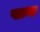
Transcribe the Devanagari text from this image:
प्लान्क